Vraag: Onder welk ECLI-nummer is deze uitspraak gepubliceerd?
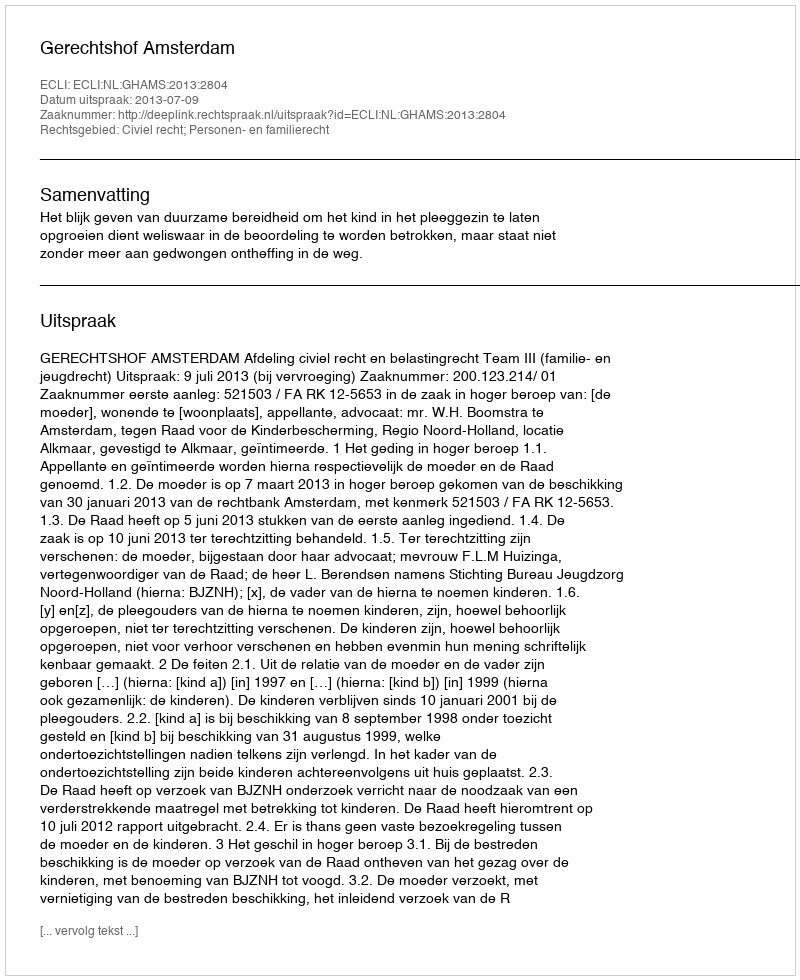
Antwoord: ECLI:NL:GHAMS:2013:2804